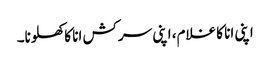
اپنی انا کا غلام، اپنی سرکش انا کا کھلونا۔